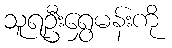
သူရဦးရွှေမန်းကို